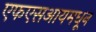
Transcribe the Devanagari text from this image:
एफएसआयमधून